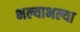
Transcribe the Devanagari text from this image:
भल्याभल्या